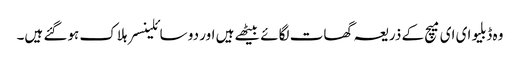
وہ ڈبلیو ای ای میچ کے ذریعہ گھات لگائے بیٹھے ہیں اور دو سائلینسر ہلاک ہوگئے ہیں۔